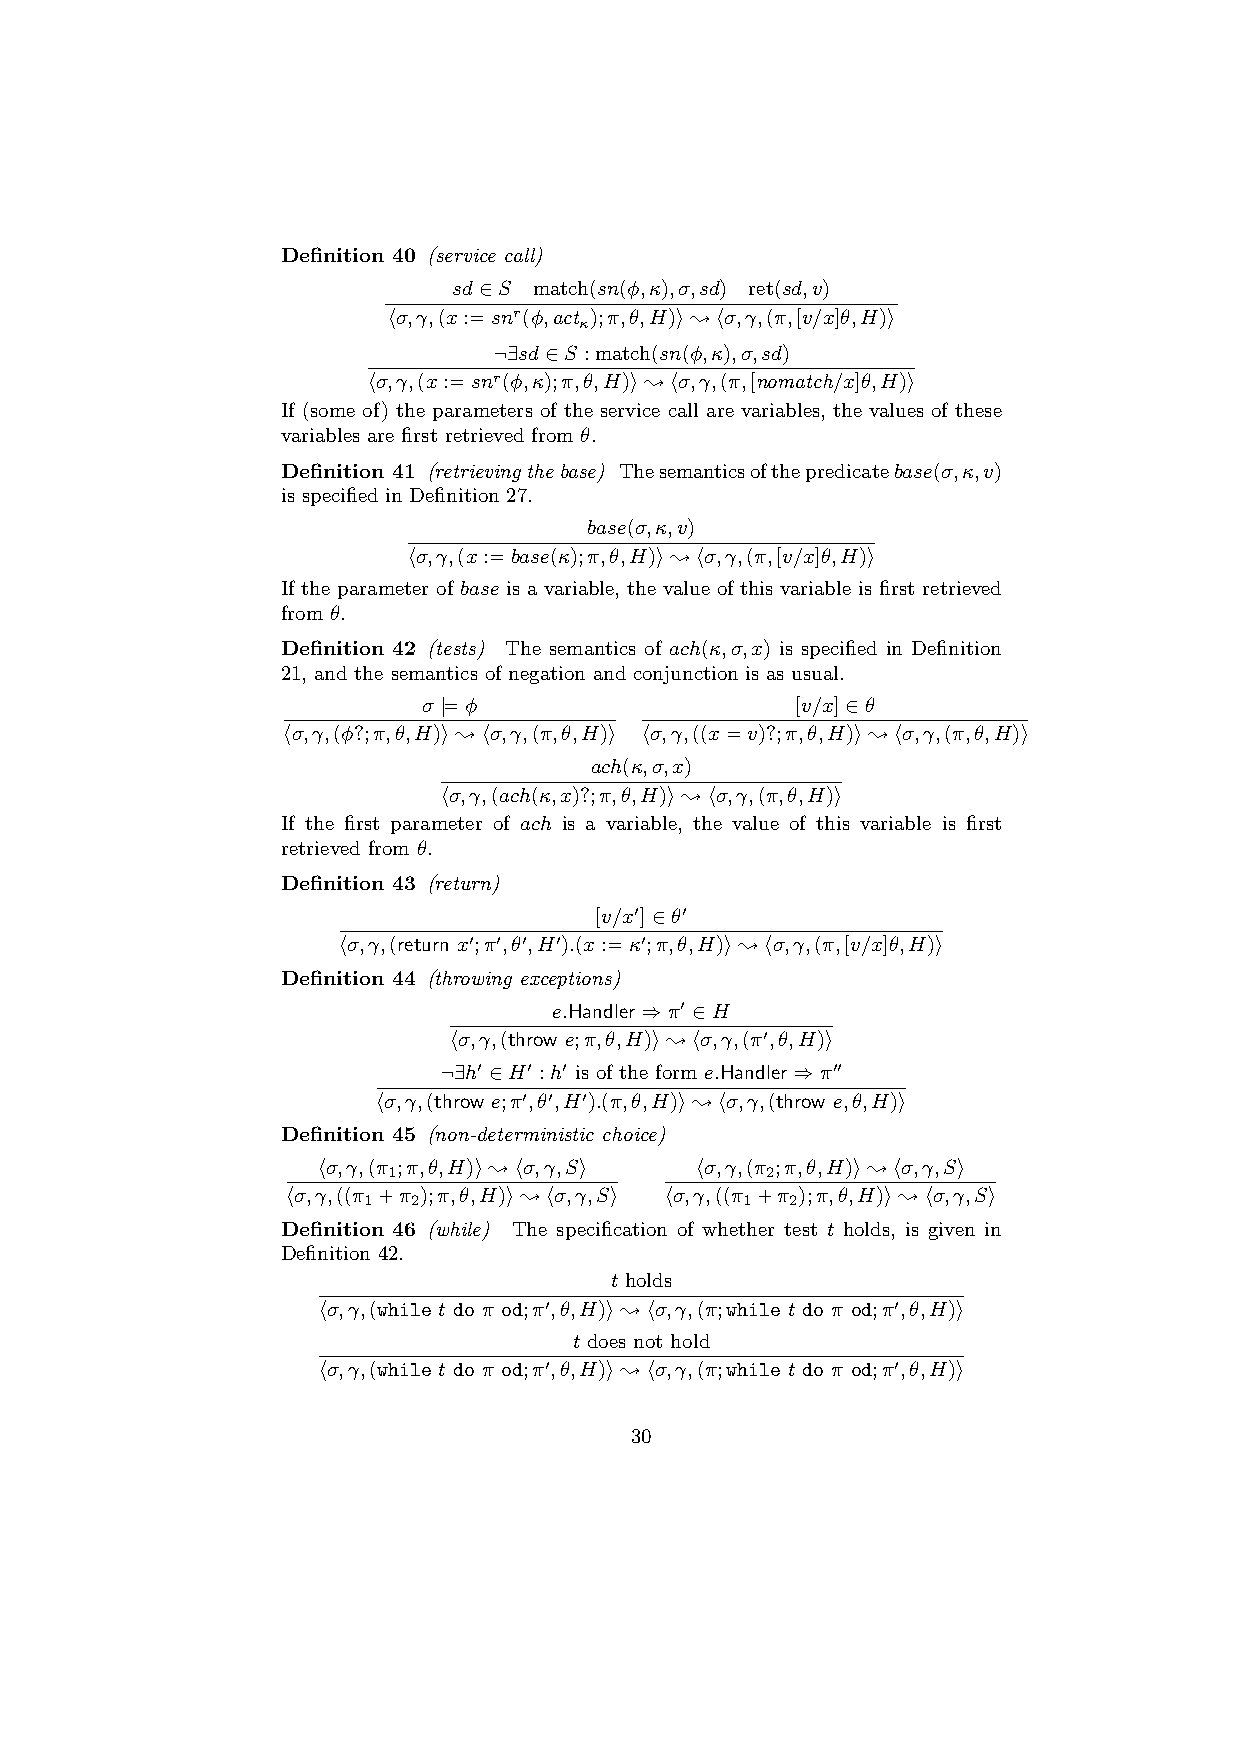
Definition 40 (service call)
 sd∈S match(sn(φ,κ),σ,sd) ret(sd,v)
 hσ,γ,(x:=snr(φ,act );π,θ,H)i;hσ,γ,(π,[v/x]θ,H)i
 κ
 ¬∃sd∈S :match(sn(φ,κ),σ,sd)
 hσ,γ,(x:=snr(φ,κ);π,θ,H)i;hσ,γ,(π,[nomatch/x]θ,H)i
 If (some of) the parameters of the service call are variables, the values of these
 variables are first retrieved from θ.
 Definition 41 (retrievingthebase) Thesemanticsofthepredicatebase(σ,κ,v)
 is specified in Definition 27.
 base(σ,κ,v)
 hσ,γ,(x:=base(κ);π,θ,H)i;hσ,γ,(π,[v/x]θ,H)i
 If the parameter of base is a variable, the value of this variable is first retrieved
 from θ.
 Definition 42 (tests) The semantics of ach(κ,σ,x) is specified in Definition
 21, and the semantics of negation and conjunction is as usual.
 σ |=φ                    [v/x]∈θ
 hσ,γ,(φ?;π,θ,H)i;hσ,γ,(π,θ,H)i hσ,γ,((x=v)?;π,θ,H)i;hσ,γ,(π,θ,H)i
 ach(κ,σ,x)
 hσ,γ,(ach(κ,x)?;π,θ,H)i;hσ,γ,(π,θ,H)i
 If the first parameter of ach is a variable, the value of this variable is first
 retrieved from θ.
 Definition 43 (return)
 [v/x0]∈θ0
 hσ,γ,(return x0;π0,θ0,H0).(x:=κ0;π,θ,H)i;hσ,γ,(π,[v/x]θ,H)i
 Definition 44 (throwing exceptions)
 e.Handler⇒π0 ∈H
 hσ,γ,(throw e;π,θ,H)i;hσ,γ,(π0,θ,H)i
 ¬∃h0 ∈H0 :h0 is of the form e.Handler⇒π00
 hσ,γ,(throw e;π0,θ0,H0).(π,θ,H)i;hσ,γ,(throw e,θ,H)i
 Definition 45 (non-deterministic choice)
 hσ,γ,(π ;π,θ,H)i;hσ,γ,Si hσ,γ,(π ;π,θ,H)i;hσ,γ,Si
 1                        2
 hσ,γ,((π +π );π,θ,H)i;hσ,γ,Si hσ,γ,((π +π );π,θ,H)i;hσ,γ,Si
 1  2                     1  2
 Definition 46 (while) The specification of whether test t holds, is given in
 Definition 42.
 t holds
 hσ,γ,(while t do π od;π0,θ,H)i;hσ,γ,(π;while t do π od;π0,θ,H)i
 t does not hold
 hσ,γ,(while t do π od;π0,θ,H)i;hσ,γ,(π;while t do π od;π0,θ,H)i
 30